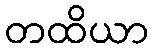
တထိယာ